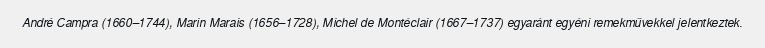
André Campra (1660–1744), Marin Marais (1656–1728), Michel de Montéclair (1667–1737) egyaránt egyéni remekművekkel jelentkeztek.